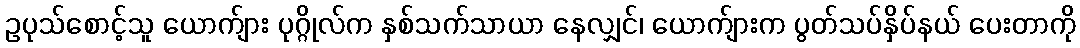
ဥပုသ်စောင့်သူ ယောက်ျား ပုဂ္ဂိုလ်က နှစ်သက်သာယာ နေလျှင်၊ ယောက်ျားက ပွတ်သပ်နှိပ်နယ် ပေးတာကို